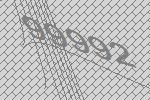
99992